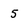
Character: 5